Report on the lunatic asylums under the Government of Bombay - 1904-1913
Year: 1904
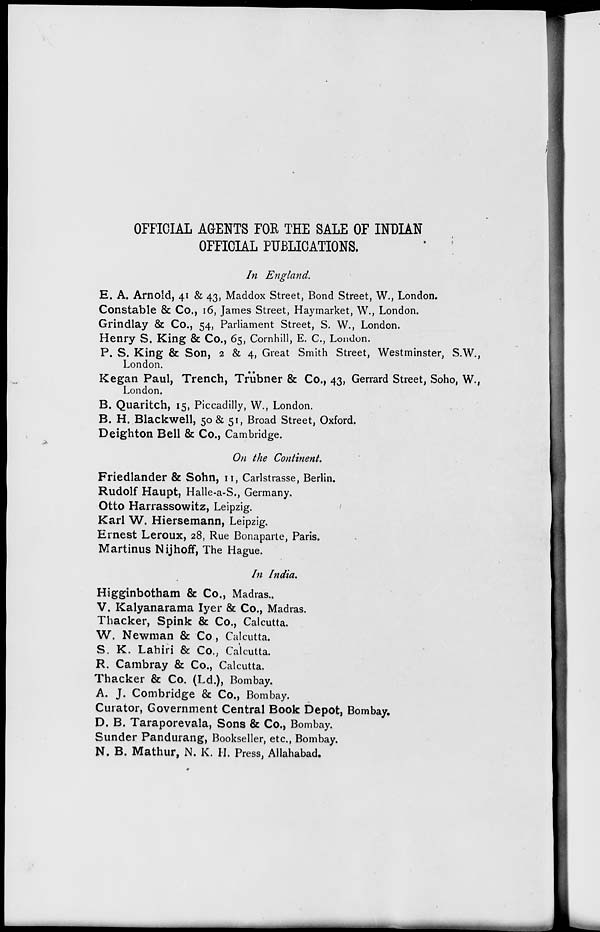
OFFICIAL AGENTS FOR, THE SALE OF INDIAN
OFFICIAL PUBLICATIONS.
In England.
E. A. Arnold, 41 & 43, Maddox Street, Bond Street, W., London.
Constable & Co., 16, James Street, Haymarket, W., London.
Grindlay & Co., 54, Parliament Street, S. W., London.
Henry S. King & Co., 65, Cornhill, E. C., London.
P. S. King & Son, 2 & 4, Great Smith Street, Westminster, S.W.,
London.
Kegan Paul, Trench, Trübner & Co., 43, Gerrard Street, Soho, W.,
London.
B. Quaritch, 15, Piccadilly, W., London.
B. H. Blackwell, 50 & 51, Broad Street, Oxford.
Deighton Bell & Co., Cambridge.
On the Continent.
Friedlander & Sohn, 11, Carlstrasse, Berlin.
Rudolf Haupt, Halle-a-S., Germany.
Otto Harrassowitz, Leipzig.
Karl W. Hiersemann, Leipzig.
Ernest Leroux, 28, Rue Bonaparte, Paris.
Martinus Nijhoff, The Hague.
In India.
Higginbotham & Co., Madras..
V. Kalyanarama Iyer & Co., Madras.
Thacker , Spink & Co., Calcutta.
W. Newman & Co., Calcutta.
S. K. Lahiri & Co., Calcutta.
R. Cambray & Co., Calcutta.
Thacker & Co. (Ld.), Bombay.
A. J. Combridge & Co., Bombay.
Curator, Government Central Book Depot, Bombay.
D. B. Taraporevala, Sons & Co., Bombay.
Sunder Pandurang, Bookseller, etc., Bombay.
N. B. Mathur, N. K. H. Press, Allahabad.